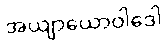
အယျာယောဝါဒေါ